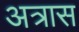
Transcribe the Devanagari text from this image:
अत्रास